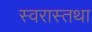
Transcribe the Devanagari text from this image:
स्वरास्तथा